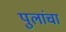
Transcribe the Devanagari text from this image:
पुलांचा